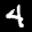
Label: 4